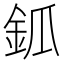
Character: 𨥝